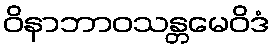
ဝိနာဘာဝသန္တမေဝိဒံ